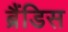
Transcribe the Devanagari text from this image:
ब्रैंडिस